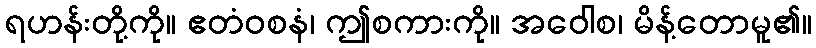
ရဟန်းတို့ကို။ ဧတံဝစနံ၊ ဤစကားကို။ အဝေါစ၊ မိန့်တောမူ၏။